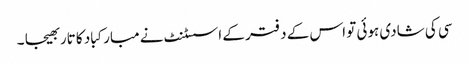
سی کی شادی ہوئی تو اس کے دفتر کے اسسٹنٹ نے مبارکباد کا تار بھیجا ۔